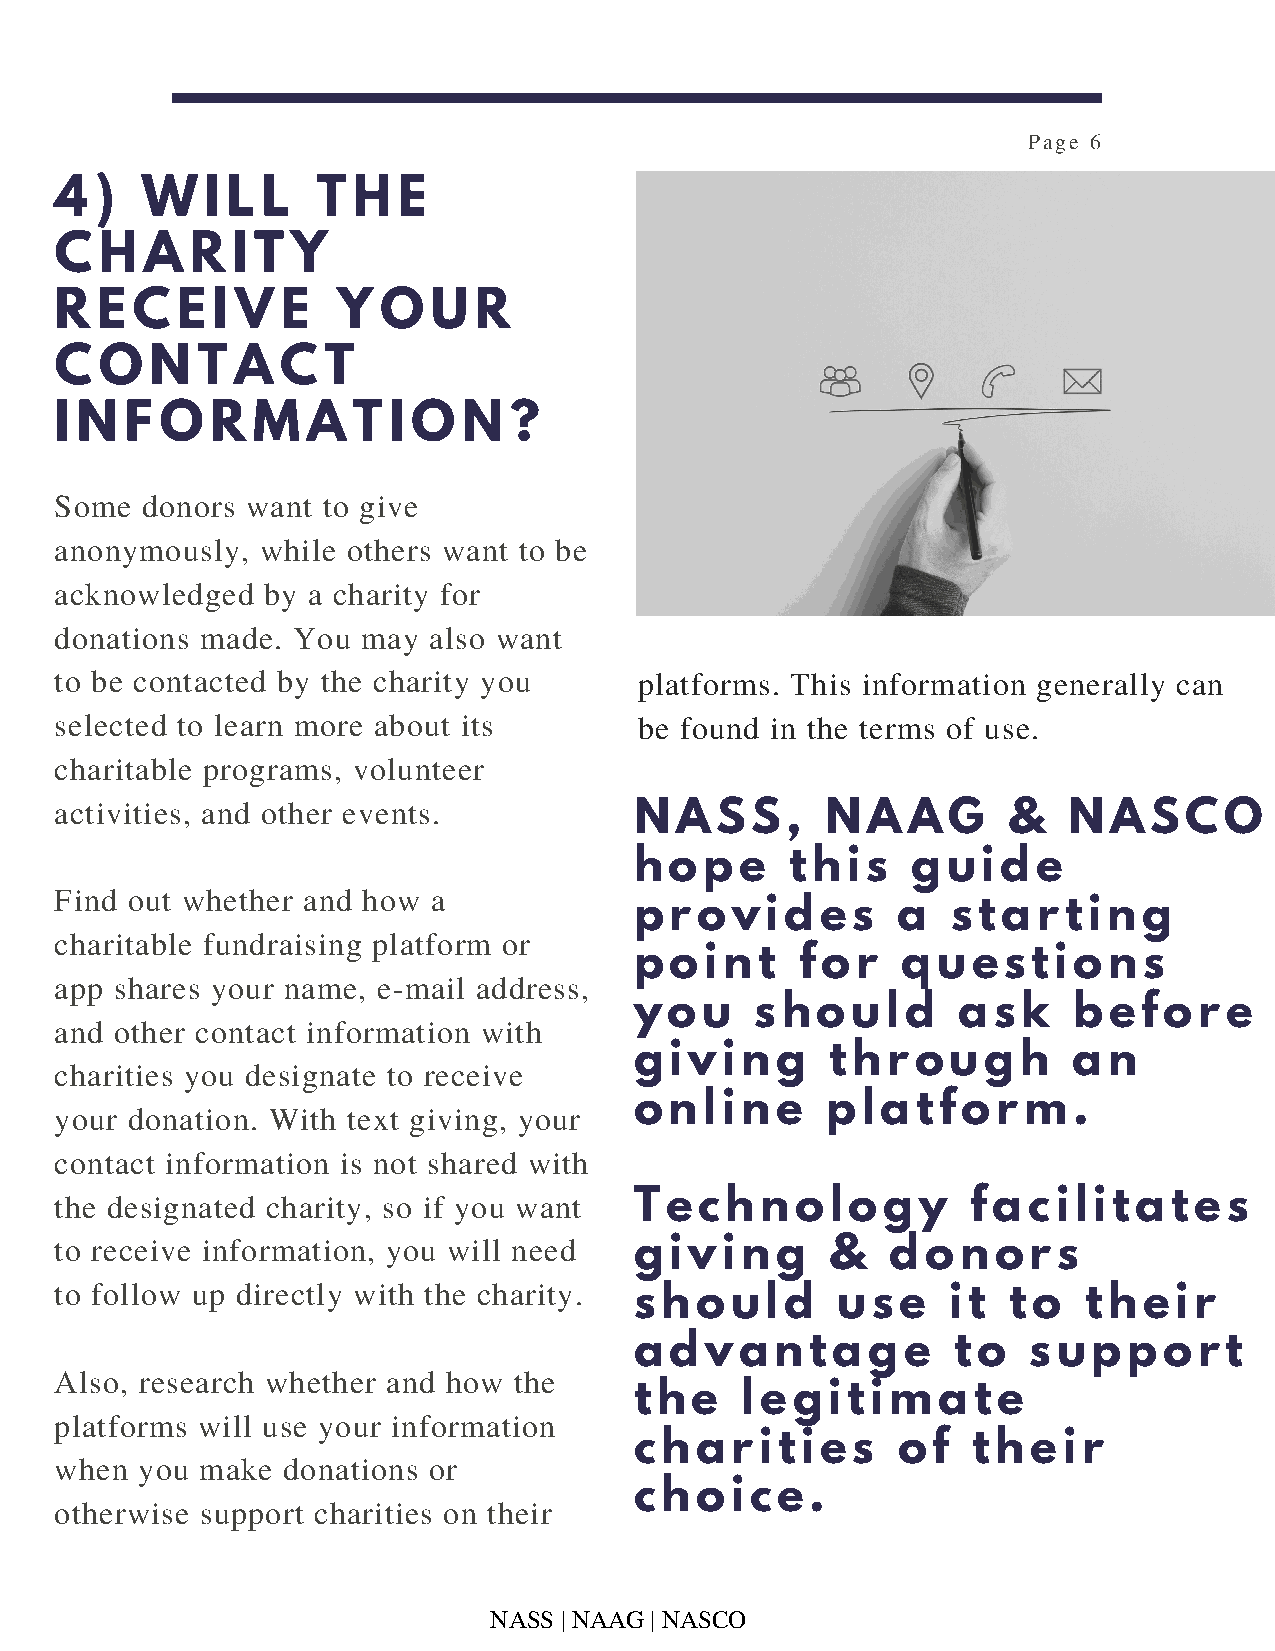
Page 6
 4 )  W    I L L  T H  E
 C  H  A  R I T Y
 R E  C  E I V  E  Y  O   U R
 C  O  N  T A   C T
 I N F  O  R  M  A  T  I O  N  ?
 Some donors want to give
 anonymously, while others want to be
 acknowledged by a charity for
 donations made. You may also want
 to be contacted by the charity you    platforms. This information generally can
 selected to learn more about its      be found in the terms of use.
 charitable programs, volunteer
 activities, and other events.         NASS,        NAAG        &   NASCO
 h ope     this    guide
 Find out whether and how a
 provides         a   starting
 charitable fundraising platform or
 point      for    questions
 app shares your name, e-mail address,
 you     should       ask     before
 and other contact information with
 giving       through         an
 charities you designate to receive
 online       platform.
 your donation. With text giving, your
 contact information is not shared with
 the designated charity, so if you want Technology           facilitates
 to receive information, you will need giving       &   donors
 to follow up directly with the charity.
 should       use     it  to   their
 advantage            to   support
 Also, research whether and how the
 the    legitimate
 platforms will use your information
 charities        of   their
 when you make  donations or
 choice.
 otherwise support charities on their
 NASS | NAAG | NASCO